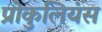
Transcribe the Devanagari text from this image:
प्रोकुलियंस